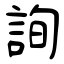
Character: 詢